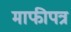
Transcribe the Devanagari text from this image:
माफीपत्र